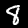
Digit: 8